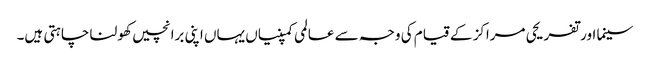
سینما اور تفریحی مراکز کے قیام کی وجہ سے عالمی کمپنیاں یہاں اپنی برانچیں کھولنا چاہتی ہیں۔